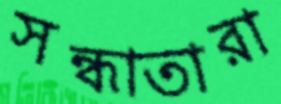
সন্ধাতারা